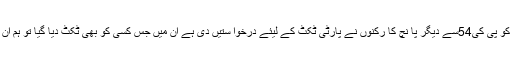
ا نہوں نے کہا کہ پارٹی قیادت کو پی کی54سے دیگر پا نچ کا رکنوں نے پارٹی ٹکٹ کے لیئے درخوا ستیں دی ہے ان میں جس کسی کو بھی ٹکٹ دیا گیا تو ہم ان کو بھر پور سپورٹ کرینگے ۔